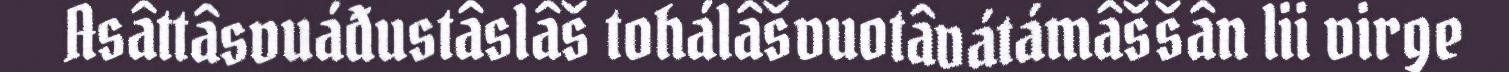
Asâttâsvuáđustâslâš tohálâšvuotâvátámâššân lii virge